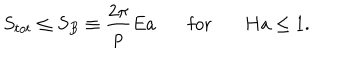
S _ { t o t } \leq S _ { B } \equiv { \frac { 2 \pi } { p } } E a \ \ \ \mathrm { f o r } \ \ \ H a \leq 1 .